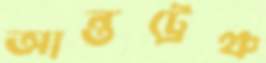
আন্তট্রেঞ্চ